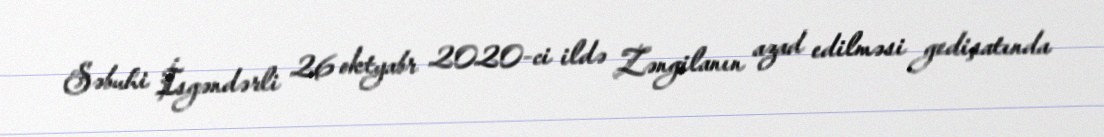
Səbuhi İsgəndərli 26 oktyabr 2020-ci ildə Zəngilanın azad edilməsi gedişatında